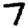
Digit: 7